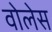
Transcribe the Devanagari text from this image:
वोलेस